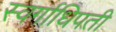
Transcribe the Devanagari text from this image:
स्वर्गाधिपती